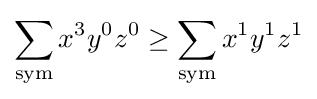
\sum _{\mathrm {sym} }x^{3}y^{0}z^{0}\geq \sum _{\mathrm {sym} }x^{1}y^{1}z^{1}